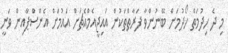
މި ދެ ހިދުމަތް ހޯދުމަށް ބޭނުންވާ ފަރާތްތަކުން އައިޖީއެމްއެޗަށް އައުމަށް އެންސްޕާއިން ވަނީ